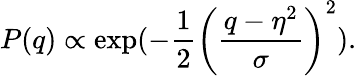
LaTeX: P(q)\propto\exp(-\frac{1}{2}\left(\frac{q-\eta^{2}}{\sigma}\right)^{2}).